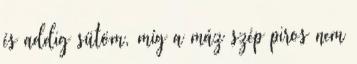
és addig sütöm, míg a máz szép piros nem